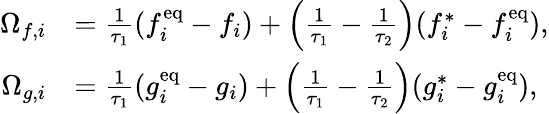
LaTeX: \begin{array}{rl}{\Omega_{f,i}}&{=\frac{1}{\tau_{1}}(f_{i}^{\mathrm{eq}}-f_{i})+\left(\frac{1}{\tau_{1}}-\frac{1}{\tau_{2}}\right)(f_{i}^{\ast}-f_{i}^{\mathrm{eq}}),}\\ {\Omega_{g,i}}&{=\frac{1}{\tau_{1}}(g_{i}^{\mathrm{eq}}-g_{i})+\left(\frac{1}{\tau_{1}}-\frac{1}{\tau_{2}}\right)(g_{i}^{\ast}-g_{i}^{\mathrm{eq}}),}\end{array}